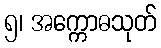
၅၊ အက္ကောဓသုတ်